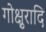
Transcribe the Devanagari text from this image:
गोक्षुरादि